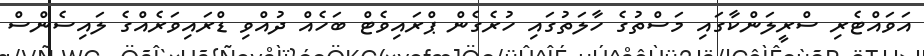
އަވައްޓެރި ސްރީލަންކާގައި މަސްތުގެ ހާލަތުގައި ހުރެގެން ޕްރައިވެޓް ބަހެއް ދުއްވި ޑްރައިވަރެއްގެ ލައިސެންސް